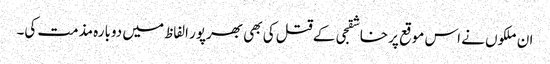
ان ملکوں نے اس موقع پر خاشقجی کے قتل کی بھی بھرپور الفاظ میں دوبارہ مذمت کی۔